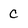
Character: c